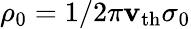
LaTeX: \rho_{0}=1/2\pi\mathbf{v}_{\mathrm{{th}}}\sigma_{0}